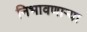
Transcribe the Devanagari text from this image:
निभावणाऱ्या